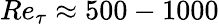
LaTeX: Re_{\tau}\approx 500-1000